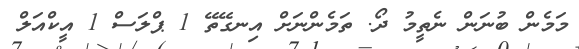
މަމެން ބުނަން ނެތީމު ދޯ. ތަމެންނަށް އިނގޭތޭ 1 ޕްލަސް 1 އީކްއަލް